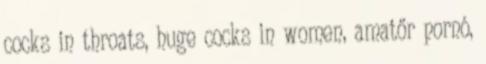
cocks in throats, huge cocks in women, amatőr pornó,